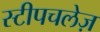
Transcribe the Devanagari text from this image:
स्टीपचलेज़